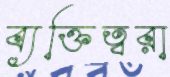
ব্যক্তিত্বরা